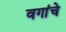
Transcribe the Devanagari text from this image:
वगांचे